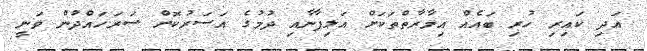
އަދި ކައިރި ހުރި ބައެއް އިމާރާތްތަކަށް އަލިފާނާއި ދުމުގެ އަސަރުކޮށް ސަރަހައްދުން ވަނީ